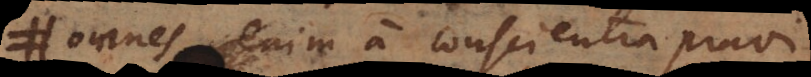
omnes enim a conscientia pravi